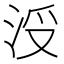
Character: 𣳭